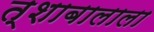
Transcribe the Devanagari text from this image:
त्शाबालाला